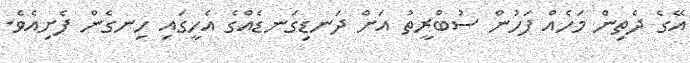
އޭގެ ދެތިން މަހެއް ފަހުން ސުބްރީތު އަށް ދަނޑިގަނޑެއްގެ އެހީގައި ހިނގެން ފެށިއެވެ.